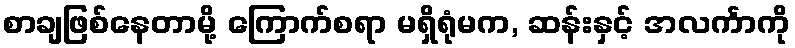
စာချဖြစ်နေတာမို့ ကြောက်စရာ မရှိရုံမက, ဆန်းနှင့် အလင်္ကာကို